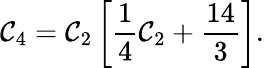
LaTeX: {\cal C}_{4}={\cal C}_{2}\left[\frac{1}{4}{\cal C}_{2}+\frac{14}{3}\right].